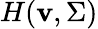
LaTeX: H(\mathbf{v},\Sigma)